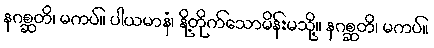
နဂစ္ဆတိ၊ မကပ်။ ပါယမာနံ၊ နို့တိုက်သောမိန်းမသို့။ နဂစ္ဆတိ၊ မကပ်။